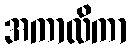
အကာလိကာ